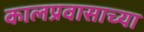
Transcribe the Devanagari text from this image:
कालप्रवासाच्या